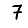
Digit: 7